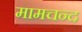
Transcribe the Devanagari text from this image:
मामचन्द